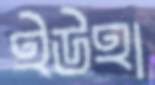
ইউহা